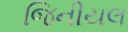
જિનીયલ